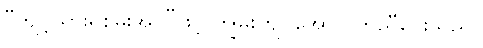
“ကျင့်သားရစွမ်းအင်”ဖြင့် ကျွမ်းကျင်အောင် ကူညီပေးသည်။